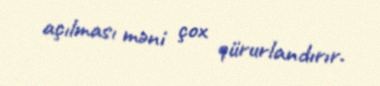
açılması məni çox qürurlandırır.